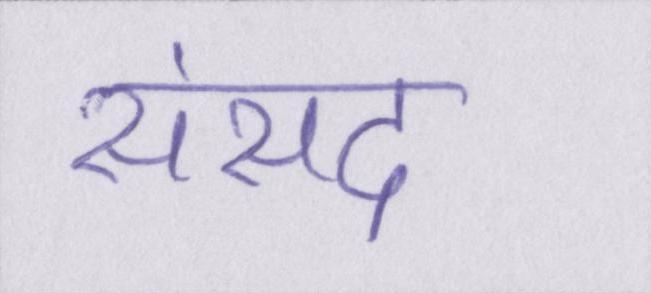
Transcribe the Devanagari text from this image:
संसद